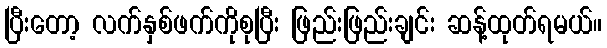
ပြီးတော့ လက်နှစ်ဖက်ကိုစုပြီး ဖြည်းဖြည်းချင်း ဆန့်ထုတ်ရမယ်။